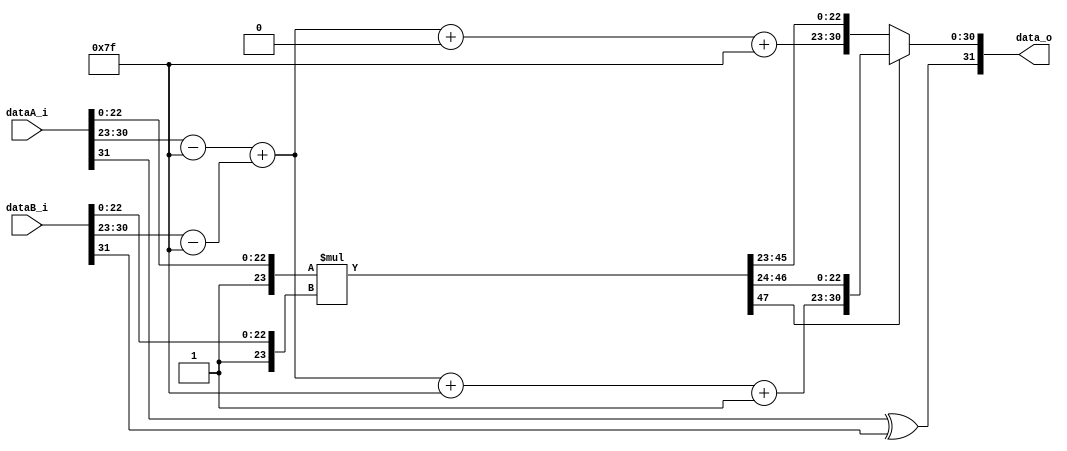
module FP_Mul(dataA_i, dataB_i, data_o);
    parameter DATA_WIDTH = 32;
    input [DATA_WIDTH - 1:0] dataA_i, dataB_i;
    output reg[DATA_WIDTH - 1:0] data_o;

    reg SignProduct_A, SignProduct_B, SignProduct_Final;
    reg [7:0] ExpA, ExpB, Exp_Final, ExpA_true, ExpB_true, Exp_true_afteradd, Exp_true_afteradd_1;
    reg [23:0] MantA, MantB;
    reg [48:0] Mant_aftermul;
    reg [22:0] Mant_Final, Mant_Final_1;

    always @ (dataA_i, dataB_i) begin

        // separate parts
			SignProduct_A = dataA_i[31];
			SignProduct_B = dataB_i[31];
			ExpA = dataA_i[30:23]; ExpB = dataB_i[30:23];
			MantA = { 1'b1, dataA_i[22:0] };
			MantB = { 1'b1, dataB_i[22:0] };

        // calculate sign bit
        SignProduct_Final = SignProduct_A ^ SignProduct_B;

        // multiply two mantissas
        Mant_aftermul = MantA * MantB;

        // sutract each exponent to get "real exponent"
        ExpA_true = ExpA - 8'd127;
        ExpB_true = ExpB - 8'd127;
        Exp_true_afteradd = ExpA_true + ExpB_true;  // add two exponents

        if (Mant_aftermul[47] == 1'b0) begin      // if mantissas not overflow
            Exp_true_afteradd_1 = Exp_true_afteradd + 8'd0;     // add 1 to the result exponent after adding them
            Exp_Final = Exp_true_afteradd_1 + 8'd127;           // convert to floating point format
            Mant_Final [22:0] = Mant_aftermul [45:23];          // result = bit 45th to 23th
            //Mant_Final_1 = Mant_Final + 23'd0;                  // add 1 to the mant final
            data_o = { SignProduct_Final, Exp_Final[7:0], Mant_Final[22:0] };
        end
        else begin
            Exp_Final = Exp_true_afteradd + 8'd127 + 8'd1;             // convert to floating point format
            Mant_Final [22:0] = Mant_aftermul [46:24];          // result = bit 46th to 24th
				// Mant_Final_1 = 23'd0;
				// Exp_true_afteradd_1 = 8'd0;
            data_o = { SignProduct_Final, Exp_Final[7:0], Mant_Final[22:0] };
        end
    end
endmodule